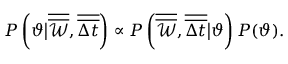
P \left( \vartheta \big | \overline { { \overline { { \mathcal { W } } } } } , \overline { { \overline { { \Delta t } } } } \right) \propto P \left( \overline { { \overline { { \mathcal { W } } } } } , \overline { { \overline { { \Delta t } } } } \big | \vartheta \right) P ( \vartheta ) .